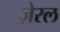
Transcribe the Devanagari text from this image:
ज़ेरल